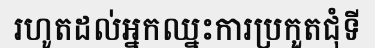
រហូតដល់អ្នកឈ្នះការប្រកួតជុំទី